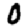
Digit: 0